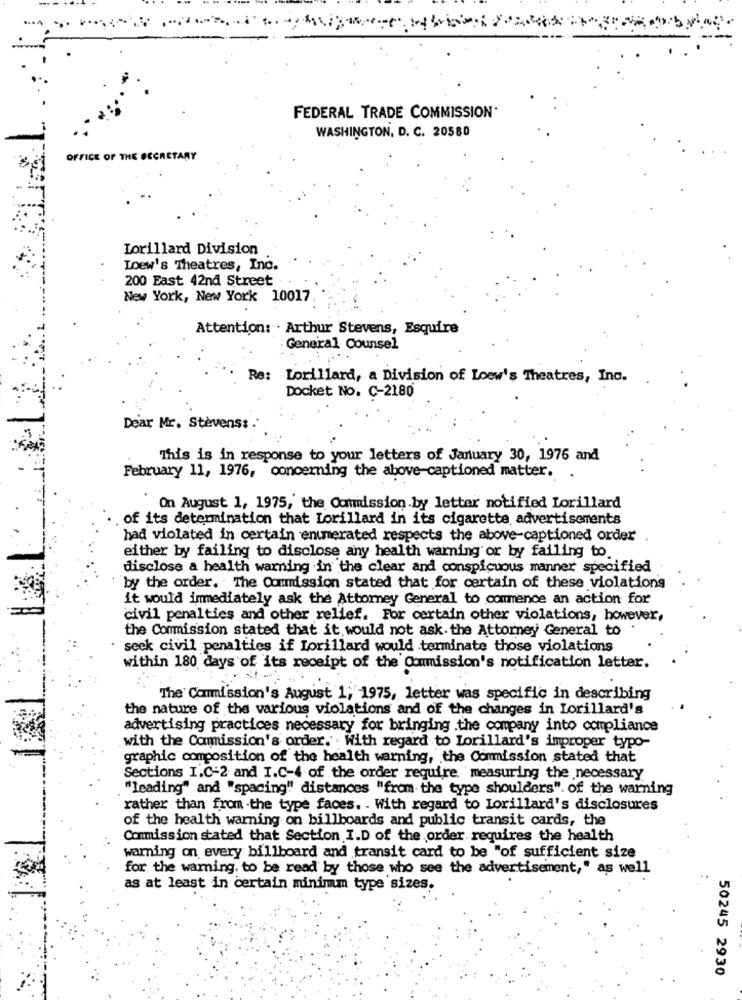
FEDERAL TRADE COMMISSION
WASHINGTON, D. C. 20580
OFFICE OF THE SECRETARY
Lorillard Division
Loew's Theatres, Inc.
200 East 42nd Street .
New York, New York 10017
Attention: . Arthur Stevens, Esquire
General Counsel
Re: Lorillard, a Division of Loew's Theatres, Inc.
Docket No. C-2180
Dear Mr. Stevens: .
This is in response to your letters of January 30, 1976 and
February 11, 1976, concerning the above-captioned matter.
On August 1, 1975, the Commission.by letter notified Lorillard
of its determination that Lorillard in its cigarette advertisements
had violated in certain enumerated respects the above-captioned order
either by failing to disclose any health warning or by failing to
disclose a health warning in the clear and conspicuous manner specified
by the order. The Commission stated that for certain of these violations
it would immediately ask the Attorney General to commence an action for
civil penalties and other relief. For certain other violations, however,
the Commission stated that it would not ask. the Attorney General to
seek civil penalties if Lorillard would terminate those violations
within 180 days of its receipt of the Commission's notification letter.
The Commission's August 1; 1975, letter was specific in describing
the nature of the various violations and of the changes in Lorillard's
advertising practices necessary for bringing .the company into compliance
with the Commission's order. With regard to Lorillard's improper typo-
graphic composition of the health warning, the Commission stated that
Sections I.C-2 and I.C-4 of the order require, measuring the necessary
"leading" and "spacing" distances "from the type shoulders". of the warning
rather than from -the type faces. . With regard to Lorillard's disclosures
of the health warning on billboards and public transit cards, the
Commission stated that Section I.D of the order requires the health
warning on every billboard and transit card to be "of sufficient size
for the warning. to be read by those who see the advertisement," as well
as at least in certain minimm type sizes.
50245 2930